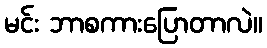
မင်း ဘာစကားပြောတာလဲ။